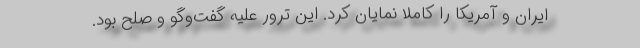
ایران و آمریکا را کاملا نمایان کرد. این ترور علیه گفت‌وگو و صلح بود.